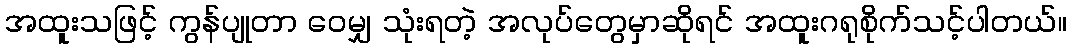
အထူးသဖြင့် ကွန်ပျုတာ ဝေမျှ သုံးရတဲ့ အလုပ်တွေမှာဆိုရင် အထူးဂရုစိုက်သင့်ပါတယ်။